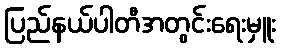
ပြည်နယ်ပါတီအတွင်းရေးမှူး